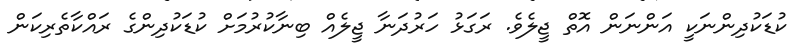
ކުޑަކުދިންނަކީ އަންނަން އޮތް ޖީލެވެ. ރަގަޅު ހަރުދަނާ ޖީލެއް ބިނާކުރުމަށް ކުޑަކުދިންގެ ރައްކާތެރިކަން